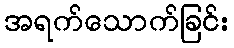
အရက်သောက်ခြင်း